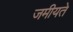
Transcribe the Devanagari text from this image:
जमीयते